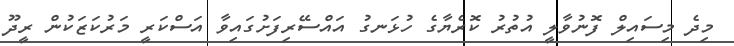
މިދެ މިސައިލް ފޮނުވާލީ އުތުރު ކޮރެޔާގެ ހުޅަނގު އައްސޭރިފަށުގައިވާ އަސްކަރީ މަރުކަޒަކުން ރީދޫ